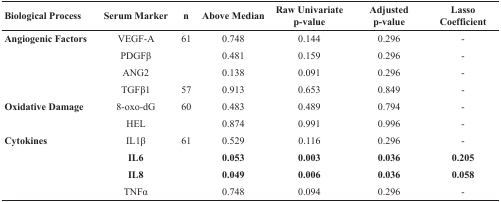
| Biological Process | Serum Marker | n | Above Median | Raw Univariate p-value | Adjusted p-value | Lasso Coefficient |
 | --- | --- | --- | --- | --- | --- | --- |
 | Angiogenic Factors | VEGF-A | 61 | 0.748 | 0.144 | 0.296 | - |
 |  | PDGFβ |  | 0.481 | 0.159 | 0.296 | - |
 |  | ANG2 |  | 0.138 | 0.091 | 0.296 | - |
 |  | TGFβ1 | 57 | 0.913 | 0.653 | 0.849 | - |
 | Oxidative Damage | 8-oxo-dG | 60 | 0.483 | 0.489 | 0.794 | - |
 |  | HEL |  | 0.874 | 0.991 | 0.996 | - |
 | Cytokines | IL1β | 61 | 0.529 | 0.116 | 0.296 | - |
 |  | IL6 |  | 0.053 | 0.003 | 0.036 | 0.205 |
 |  | IL8 |  | 0.049 | 0.006 | 0.036 | 0.058 |
 |  | TNFα |  | 0.748 | 0.094 | 0.296 | - |